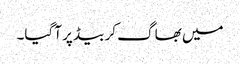
میں بھاگ کر بیڈ پر آگیا۔